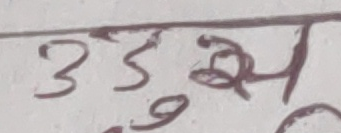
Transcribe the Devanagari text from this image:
३शुभ